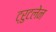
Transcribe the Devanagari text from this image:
ट्रुटलेन